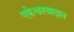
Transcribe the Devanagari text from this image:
एकेश्वरवादात